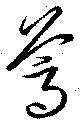
葛